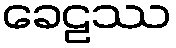
ခေဠဿ